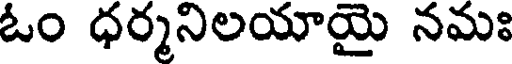
ఓం ధర్మనిలయాయై నమః